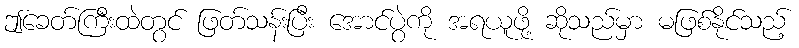
ဤခေတ်ကြီးထဲတွင် ဖြတ်သန်းပြီး အောင်ပွဲကို အရယူဖို့ ဆိုသည်မှာ မဖြစ်နိုင်သည့်